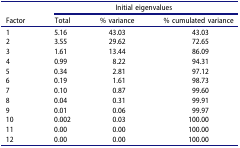
<table><thead><tr><td rowspan="2"><b>Factor</b></td><td colspan="3"><b>Initial eigenvalues</b></td></tr><tr><td><b>Total</b></td><td><b>% variance</b></td><td><b>% cumulated variance</b></td></tr></thead><tbody><tr><td>1</td><td>5.16</td><td>43.03</td><td>43.03</td></tr><tr><td>2</td><td>3.55</td><td>29.62</td><td>72.65</td></tr><tr><td>3</td><td>1.61</td><td>13.44</td><td>86.09</td></tr><tr><td>4</td><td>0.99</td><td>8.22</td><td>94.31</td></tr><tr><td>5</td><td>0.34</td><td>2.81</td><td>97.12</td></tr><tr><td>6</td><td>0.19</td><td>1.61</td><td>98.73</td></tr><tr><td>7</td><td>0.10</td><td>0.87</td><td>99.60</td></tr><tr><td>8</td><td>0.04</td><td>0.31</td><td>99.91</td></tr><tr><td>9</td><td>0.01</td><td>0.06</td><td>99.97</td></tr><tr><td>10</td><td>0.002</td><td>0.03</td><td>100.00</td></tr><tr><td>11</td><td>0.00</td><td>0.00</td><td>100.00</td></tr><tr><td>12</td><td>0.00</td><td>0.00</td><td>100.00</td></tr></tbody></table>